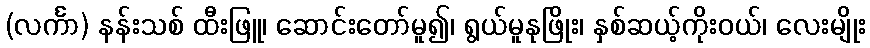
(လင်္ကာ) နန်းသစ် ထီးဖြူ၊ ဆောင်းတော်မူ၍၊ ရွယ်မူနုဖြိုး၊ နှစ်ဆယ့်ကိုးဝယ်၊ လေးမျိုး